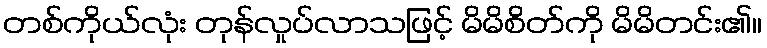
တစ်ကိုယ်လုံး တုန်လှုပ်လာသဖြင့် မိမိစိတ်ကို မိမိတင်း၏။